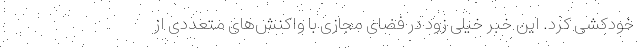
خودکشی کرد. این خبر خیلی زود در فضای مجازی با واکنش‌های متعددی از